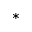
^ *